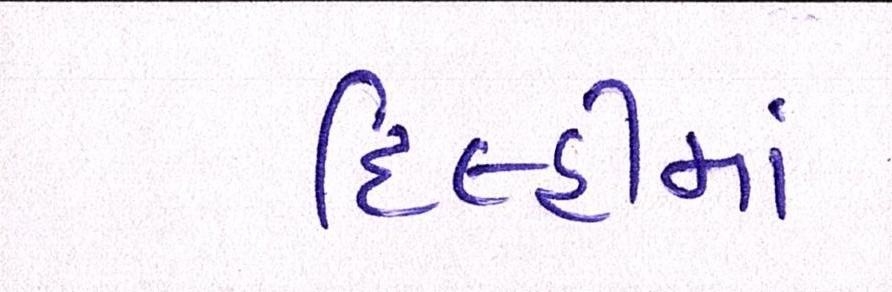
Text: દિલ્હીમાં